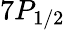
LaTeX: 7P_{1/2}